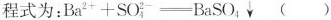
程式为:$$Ba^{2+}+SO_{4}^{2-}=BaSO_{4}$$ ()